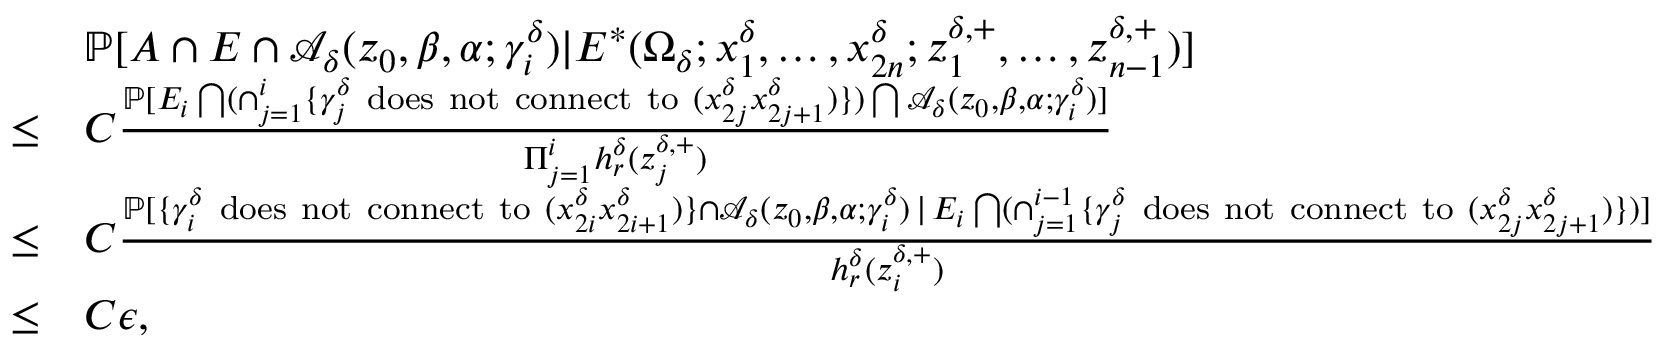
\begin{array} { r l } & { \mathbb { P } [ A \cap E \cap \mathcal { A } _ { \delta } ( z _ { 0 } , \beta , \alpha ; \gamma _ { i } ^ { \delta } ) | E ^ { * } ( \Omega _ { \delta } ; x _ { 1 } ^ { \delta } , \ldots , x _ { 2 n } ^ { \delta } ; z _ { 1 } ^ { \delta , + } , \ldots , z _ { n - 1 } ^ { \delta , + } ) ] } \\ { \le } & { C \frac { \mathbb { P } [ E _ { i } \bigcap ( \cap _ { j = 1 } ^ { i } \{ \gamma _ { j } ^ { \delta } \mathrm { ~ d o e s ~ n o t ~ c o n n e c t ~ t o ~ } ( x _ { 2 j } ^ { \delta } x _ { 2 j + 1 } ^ { \delta } ) \} ) \bigcap \mathcal { A } _ { \delta } ( z _ { 0 } , \beta , \alpha ; \gamma _ { i } ^ { \delta } ) ] } { \Pi _ { j = 1 } ^ { i } h _ { r } ^ { \delta } ( z _ { j } ^ { \delta , + } ) } } \\ { \le } & { C \frac { \mathbb { P } [ \{ \gamma _ { i } ^ { \delta } \mathrm { ~ d o e s ~ n o t ~ c o n n e c t ~ t o ~ } ( x _ { 2 i } ^ { \delta } x _ { 2 i + 1 } ^ { \delta } ) \} \cap \mathcal { A } _ { \delta } ( z _ { 0 } , \beta , \alpha ; \gamma _ { i } ^ { \delta } ) \, | \, E _ { i } \bigcap ( \cap _ { j = 1 } ^ { i - 1 } \{ \gamma _ { j } ^ { \delta } \mathrm { ~ d o e s ~ n o t ~ c o n n e c t ~ t o ~ } ( x _ { 2 j } ^ { \delta } x _ { 2 j + 1 } ^ { \delta } ) \} ) ] } { h _ { r } ^ { \delta } ( z _ { i } ^ { \delta , + } ) } } \\ { \le } & { C \epsilon , } \end{array}